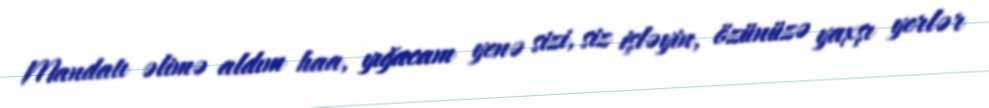
Mandatı əlimə aldım haa, yığacam yenə sizi, siz işləyin, özünüzə yaxşı yerlər